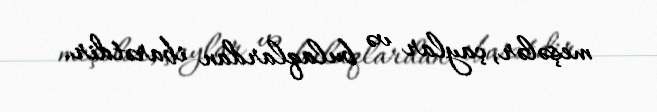
meşələr, çaylar və bulaqlardan ibarətdir.